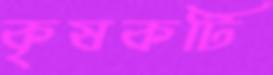
কৃষকটি